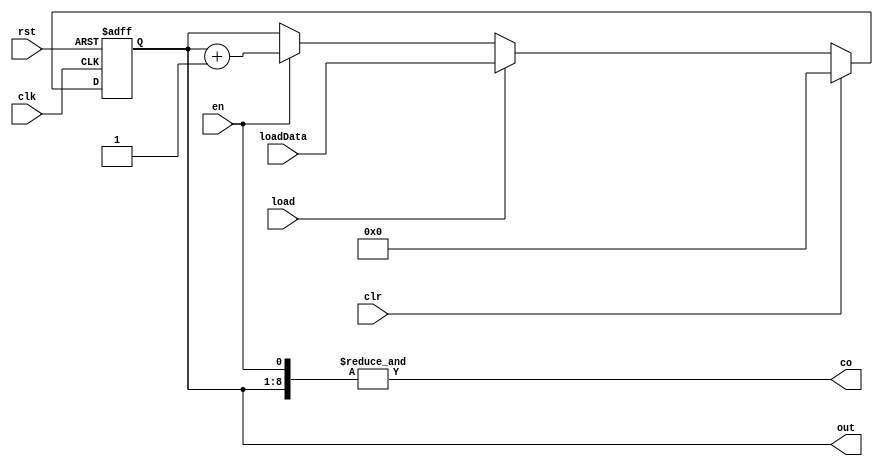
module Counter4bit #(parameter N = 8)(
	input [N-1:0] loadData,
	input load, en, clr, clk, rst,
	output reg [N-1:0] out,
	output co
);
	always @(posedge clk, posedge rst) begin
		if (rst)
			out <= {N{1'b0}};
		else if (clr)
			out <= {N{1'b0}};
		else if (load)
			out <= loadData;
		else if (en)
			out <= out + 1'b1;
	end

	assign co = &{out, en};
endmodule